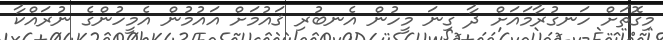
މިގޮތަށް ހަނގުރާމައަށް ދާ ގިނަ މީހުން އެނބުރި ޤައުމަށް އައުމުން އެމީހުންގެ ނުރައްކާ